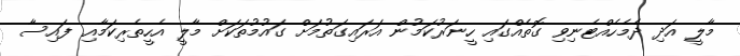
މާލީ އަދި ދެމެހެއްޓެނިވި ގޮތެއްގައި ހީނަރުކަމުން އަރައިގަތުމަށް ގައުމުތަކަށް މާލީ އެހީތެރިކަމާއި ފައިސާ